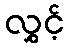
လွှင့်